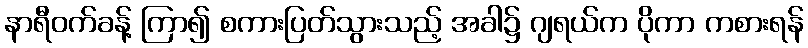
နာရီဝက်ခန့် ကြာ၍ စကားပြတ်သွားသည့် အခါ၌ ဂျရယ်က ပိုကာ ကစားရန်